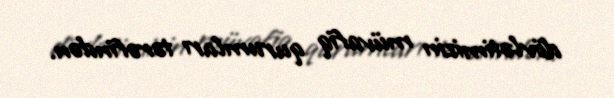
dövlətimizin müvafiq qurumları tərəfindən.